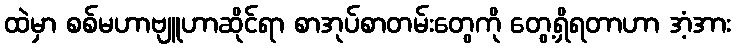
ထဲမှာ စစ်မဟာဗျူဟာဆိုင်ရာ စာအုပ်စာတမ်းတွေကို တွေ့ရှိရတာဟာ အံ့အား